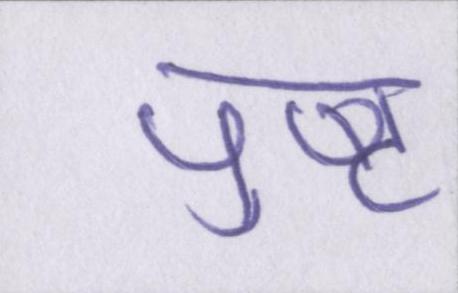
पुष्ट